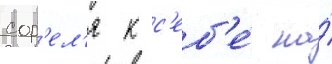
сор'ел'я к с'еб'е́ на́